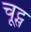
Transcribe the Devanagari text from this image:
चूट्स